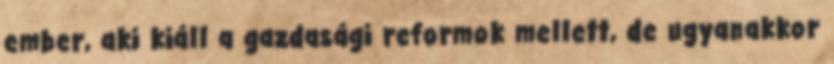
ember, aki kiáll a gazdasági reformok mellett, de ugyanakkor